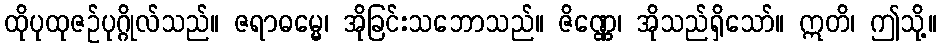
ထိုပုထုဇဉ်ပုဂ္ဂိုလ်သည်။ ဇရာဓမ္မေ၊ အိုခြင်းသဘောသည်။ ဇိဏ္ဏေ၊ အိုသည်ရှိသော်။ ဣတိ၊ ဤသို့။